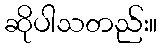
ဆိုပါသတည်း။